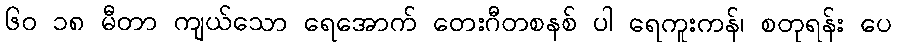
၆၀ ၁၈ မီတာ ကျယ်သော ရေအောက် တေးဂီတစနစ် ပါ ရေကူးကန်၊ စတုရန်း ပေ